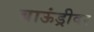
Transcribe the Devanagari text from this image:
बाऊंड्रीवर